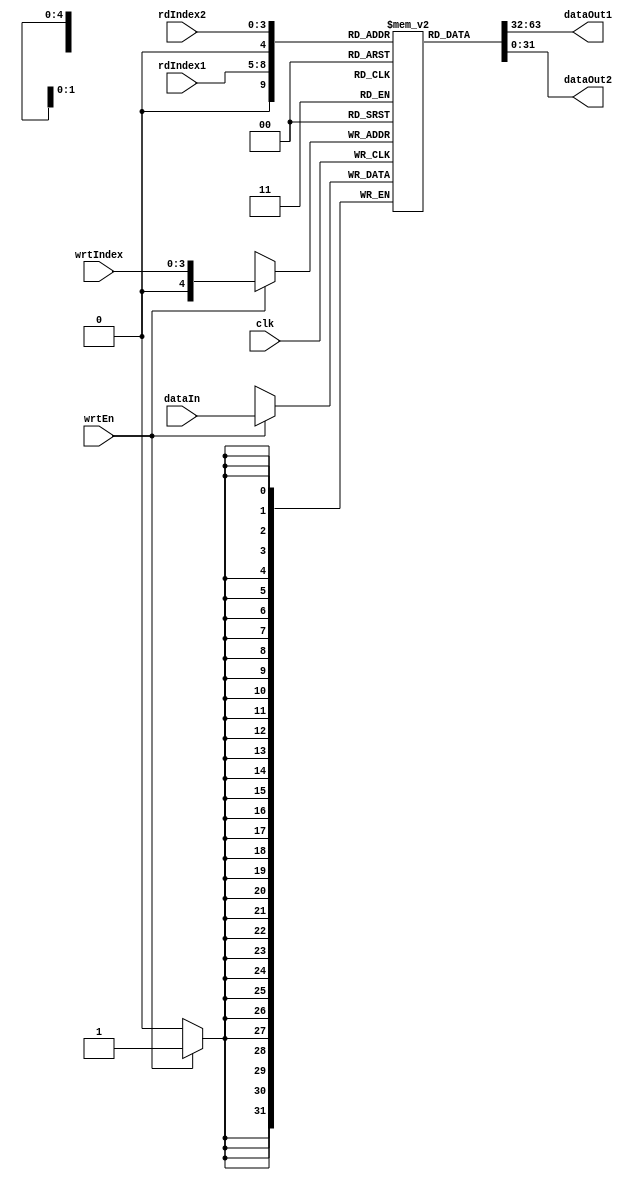
module RegisterFile (clk, wrtEn, wrtIndex, rdIndex1, rdIndex2, dataIn, dataOut1, dataOut2);
	parameter INDEX_BIT_WIDTH = 4;
	parameter DATA_BIT_WIDTH = 32;
	parameter N_REGS = (1 << INDEX_BIT_WIDTH);
	
	input clk;
	input wrtEn;
	input [3: 0] wrtIndex, rdIndex1, rdIndex2;
	input [31: 0] dataIn;
	output [31: 0] dataOut1, dataOut2;
	
	reg[DATA_BIT_WIDTH - 1: 0] data [0: N_REGS];
	
	always @(posedge clk)
		if (wrtEn == 1'b1)
			data[wrtIndex] <= dataIn;
			
	assign dataOut1 = data[rdIndex1];
	assign dataOut2 = data[rdIndex2];
	
endmodule